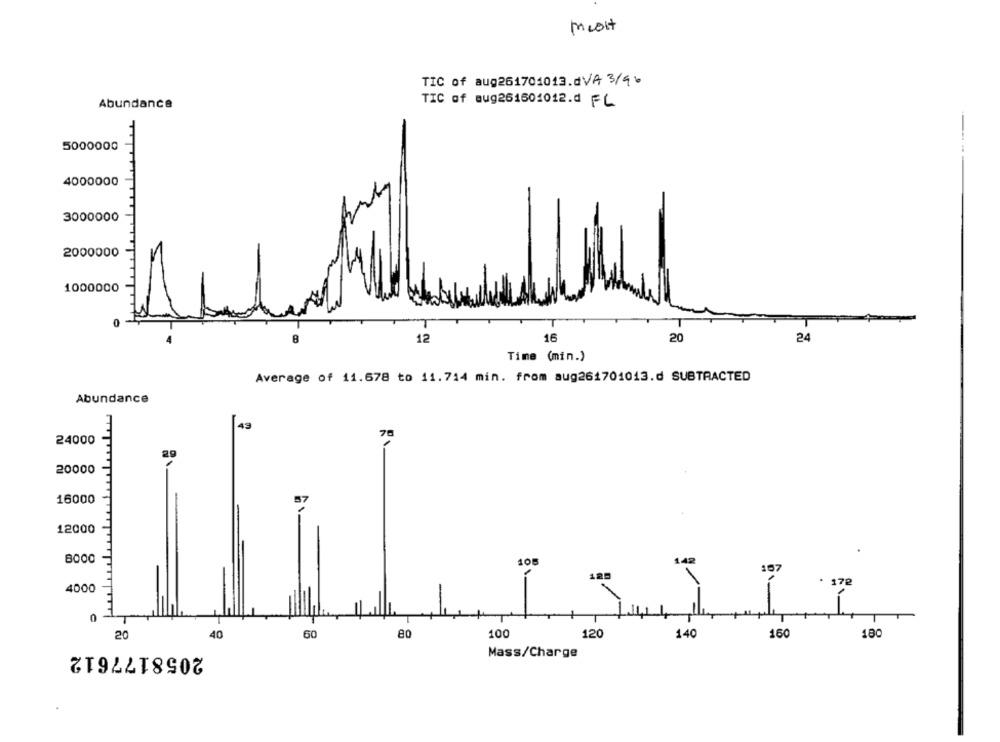
misit
TIC of aug261701013.dVA 3/4%
TIC of aug261601012.d FL
Abundance
5000000
4000000
3000000
2000000
1000000
12
16
20
24
Time (min.)
Average of 11.678 to 11.714 min. from aug261701013.d SUBTRACTED
Abundance
49
70
24000
20000
16000
12000
108
142
167
125
72
4000
20
40
60
80
100
120
140
160
180
2058177612
Mass/Charge